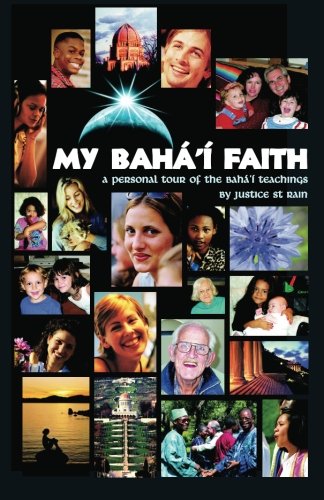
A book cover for My Baha'i Faith: A Personal Tour of the Baha'i Teachings; Justice Saint Rain; Religion & Spirituality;